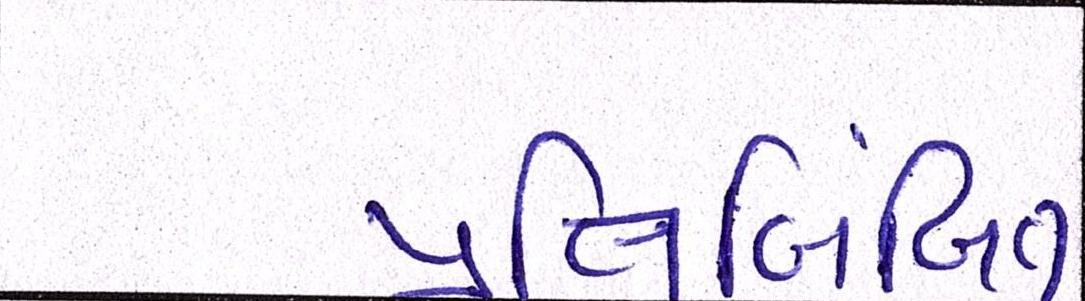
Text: પ્રતિબિંબિત